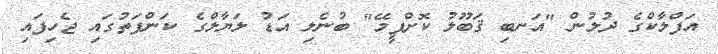
އަފްލާކްގެ ދުލުން "އަނބި ޤަބޫލު ކޮށްފީމޭ" ބުނެލި އަޑު ލަޔާލްގެ ކަންފަތުގައި ޖެހިފައި